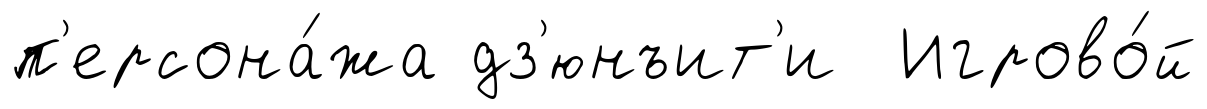
п'ерсона́жа дз'юнъит'и Игрово́й